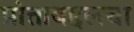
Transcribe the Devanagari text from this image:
प्रांताबद्दलचा